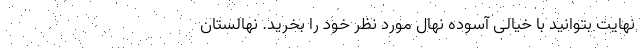
نهایت بتوانید با خیالی آسوده نهال مورد نظر خود را بخرید. نهالستان